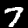
Label: 7